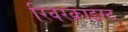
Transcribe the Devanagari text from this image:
रिवरक्राइस्ट